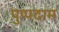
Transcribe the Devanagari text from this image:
पुप्पदाम